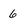
Character: 6